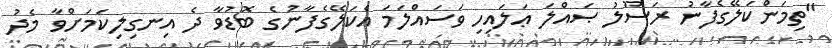
"ތިމަންކަލޭގެފާނު ރަސޫލު ޞައްލަ ޢަލައިހި ވަސައްލަމަ އެކަލޭގެފާނުގެ ބޮޑުވާ ދެ އިނގިލިކަމަށްވާ މެދު